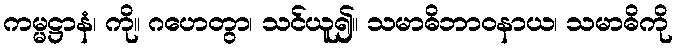
ကမ္မဋ္ဌာနံ၊ ကို။ ဂဟေတွာ၊ သင်ယူ၍။ သမာဓိဘာဝနာယ၊ သမာဓိကို